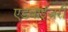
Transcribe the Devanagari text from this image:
एडवाईज़री